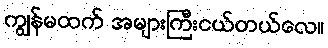
ကျွန်မထက် အများကြီးငယ်တယ်လေ။